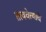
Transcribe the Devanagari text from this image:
तत्त्ववेत्त्याचे